Civil Veterinary Dept. Bombay admin report 1893-99 - 1893-1899
Year: 1893
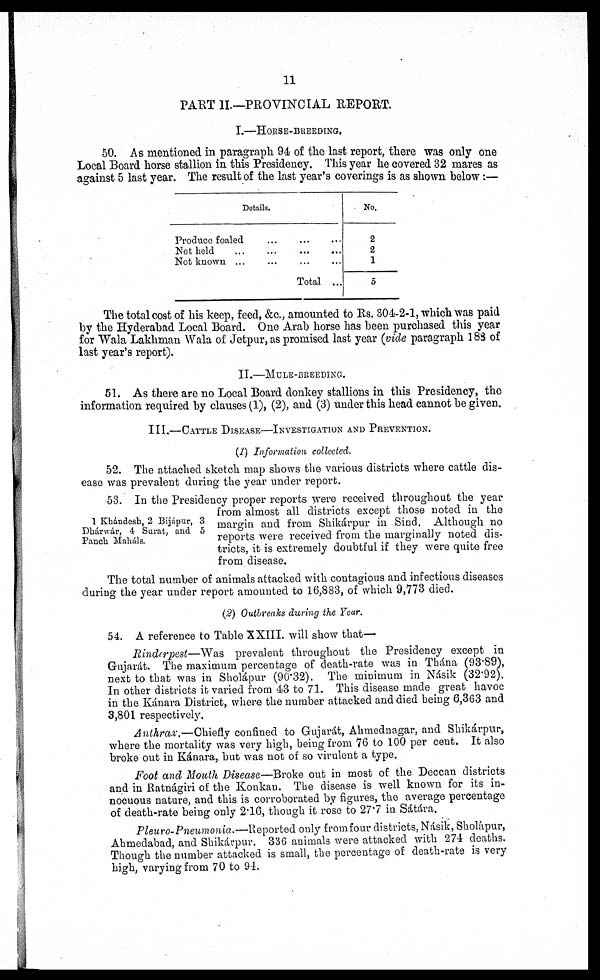
11
PART II—PROVINCIAL REPORT.
I.—HORSE-BREEDING.
50. As mentioned in paragraph 94 of the last report, there was only one
Local Board horse stallion in this Presidency. This year he covered 32 mares as
against 5 last year. The result of the last year's coverings is as shown below :—
Details.
Produce foaled ... ... ...
Not held ... ... ... ...
Not known ... ... ... ...
Total ...
No.
2
2
1
5
The total cost of his keep, feed, &c., amounted to Rs. 304-2-1, which was paid
by the Hyderabad Local Board. One Arab horse has been purchased this year
for Wala Lakhman Wala of Jetpur, as promised last year (vide paragraph 183 of
last year's report).
II.—MULE-BREEDING.
51. As there are no Local Board donkey stallions in this Presidency, the
information required by clauses (1), (2), and (3) under this head cannot be given.
III.—CATTLE DISEASES—INVESTIGATION AND PREVENTION.
(1) Information collected.
52. The attached sketch map shows the various districts where cattle dis-
ease was prevalent during the year under report.
1 Khándesh, 2 Bijápur, 3
Dhárwár, 4 Surat, and 5
Panch Maháls.
53. In the Presidency proper reports were received throughout the year
from almost all districts except those noted in the
margin and from Shikárpur in Sind. Although no
reports were received from the marginally noted dis-
tricts, it is extremely doubtful if they were quite free
from disease.
The total number of animals attacked with contagious and infectious diseases
during the year under report amounted to 16,883, of which 9,773 died.
(2) Outbreaks during the Year.
54. A reference to Table XXIII. will show that—
Rinderpest—Was prevalent throughout the Presidency except in
Gujarát. The maximum percentage of death-rate was in Thána (93.89),
next to that was in Sholápur (90.32). The minimum in Násik (32.92).
In other districts it varied from 43 to 71. This disease made great havoc
in the Kánara District, where the number attacked and died being 6,363 and
3,801 respectively,
Anthrax.—Chiefly confined to Gujarat, Ahmednagar, and Shikárpur,
where the mortality was very high, being from 76 to 100 per cent. It also
broke out in Kánara, but was not of so virulent a type.
Foot and Mouth Disease—Broke out in most of the Deccan districts
and in Ratnagiri of the Konkan. The disease is well known for its in-
nocuous nature, and this is corroborated by figures, the average percentage
of death-rate being only 2.16, though it rose to 27.7 in Sátára.
Pleuro-Pneumonia.—Reported only from four districts, Násik, Sholápur,
Ahmedabad, and Shikárpur. 336 animals were attacked with 274 deaths.
Though the number attacked is small, the percentage of death-rate is very
high, varying from 70 to 94.